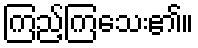
ကြည့်ကြသေး၏။